Annual report on the working of the mental hospitals in the Madras Presidency - 1912-1932
Year: 1912
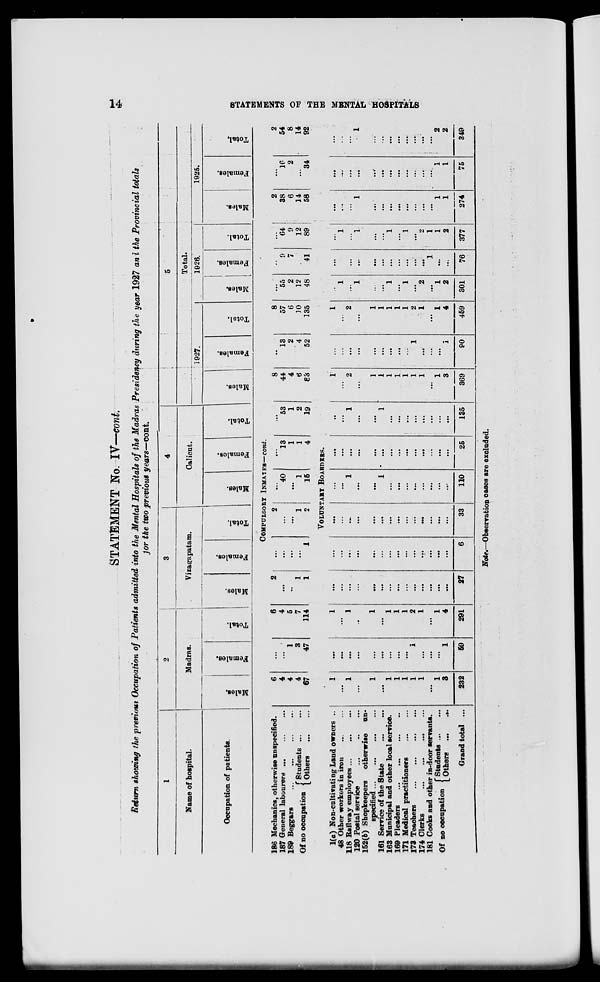
14
STATEMENTS OF THE MENTAL HOSPITALS
STATEMENT No. IV—cont.
Return showing the previous Occupation of Patients admitted into the Mental Hospitals of the Madras Presidency during the year 1927 and the Provincial totals
for the two previous years—cont.
1
Name of hospital.
Occupation of patients.
2
Madras.
Males.
Females.
Total.
3
Vizagapatam.
Males.
Females.
Total.
4
Calicut.
Males.
Females.
Total.
5
Total.
1927.
Males.
Females.
Total.
1926.
Males.
Females.
Total.
1925.
Males.
Females.
Total.
COMPULSORY INMATES—cont.
186 Mechanics, otherwise unspecified.
187 General labourers ... ...
189 Beggars ... ... ... ...
Of no occupation Students...
...
Others ... ...
6
4
4
4
67
...
...
1
3
47
6
4
5
7
114
2
...
...
1
1
...
...
...
...
1
2
...
...
1
2
...
40
...
1
15
...
13
1
1
4
...
53
1
2
19
8
44
4
6
83
...
13
2
4
52
8
57
6
10
135
...
55
2
12
48
...
9
7
...
41
...
64
9
12
89
2
38
6 14
58
...
16
2
...
34
2
54
8
14
92
VOLUNTARY BORDERS.
1(a) Non-cultivating Land owners ..
48 Other workers in iron
...
...
118 Railway
employees...
...
120 Postal service
...
...
152(b) Shopkeepers
otherwise un-
specified ...
...
...
161 Service of the
State...
...
163 Municipal and other local service.
160 Pleaders
...
... ... ...
171 Medical practitioners ... ...
173 Teachers
...
...
...
...
174 Clerks
...
...
...
...
181 Cooks and other in-door servants.
Of no occupation
Students ... ...
Others ... ...
Grand total ...
1
...
1
...
1
...
1
1
1
1
1
...
1
3
232
...
...
...
...
...
...
...
...
...
1
...
...
...
1
59
1
...
1
..
1
...
1
1
1
2
1
...
1
4
291
...
...
...
...
...
...
...
...
...
...
...
...
...
...
27
...
...
...
...
...
...
...
...
...
...
...
...
...
...
6
...
...
...
...
...
...
...
...
...
...
...
...
...
...
33
...
...
1
...
...
1
...
...
...
...
...
...
...
...
110
...
...
...
...
...
...
...
...
...
...
...
...
...
...
25
...
...
1
...
...
1
...
...
...
...
...
...
...
...
135
1
...
2
...
1
1
1
1
1
1
1
...
1
3
369
...
...
...
...
...
...
...
...
...
1
...
...
...
1
90
1
...
2
...
1
1
1
1
1
2
1
...
1
4
459
..
1
...
1
...
...
1
...
1
...
2
...
1
2
301
...
...
...
...
...
...
...
...
...
...
...
1
...
...
76
...
...
...
1
...
...
...
...
1
...
2
1
1
2
377
...
...
...
1
...
...
...
...
...
...
...
...
1
1
274
...
...
...
...
...
...
...
...
...
...
...
...
1
1
75
...
...
...
1
...
...
...
...
...
...
...
...
2
2
349
Note.—Observation cases are excluded.